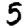
Digit: 5